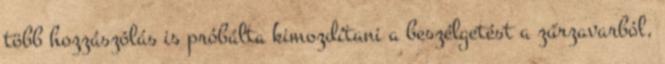
több hozzászólás is próbálta kimozdítani a beszélgetést a zűrzavarból,